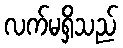
လက်မရှိသည်